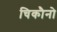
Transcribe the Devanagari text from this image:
चिकौनो